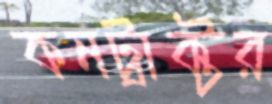
কনট্রাক্টর